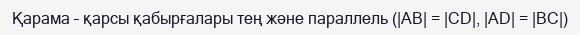
Қарама – қарсы қабырғалары тең және параллель (|AB| = |CD|, |AD| = |BC|)